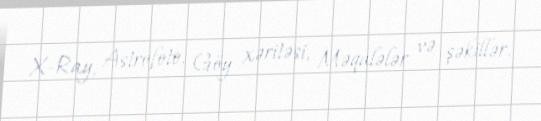
X-Ray, Astrofoto, Göy xəritəsi, Məqalələr və şəkillər.